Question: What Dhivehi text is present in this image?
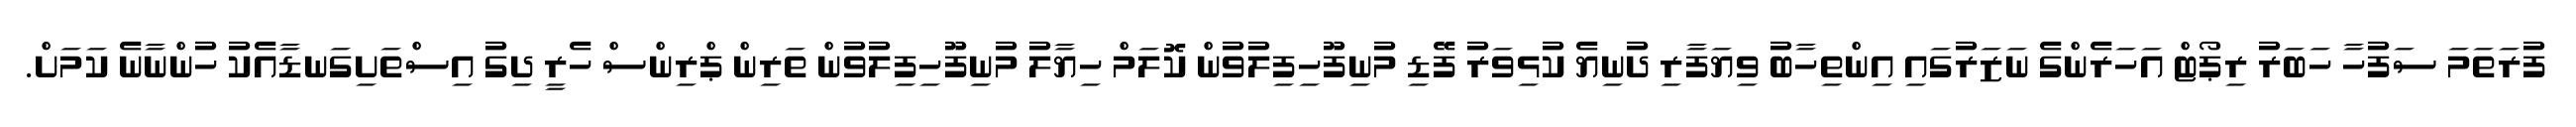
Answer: ފުރަތަމަ ސަފުހާ ހަބަރު ރިޕޯޓް އަހަރެންގެ ނަޒަރުގައި އިންތިހާބު ވިޔަފާރި ދުނިޔެ ކުޅިވަރު ފޭޑި މުނިފޫހިފިލުވުން ކޮލަމް ހިޔާލު މުނިފޫހިފިލުވުން ތަރިން ޕްރިންސް ހެރީ ދިގު އިސްތަށިގަނޑާއެކު ހުންނާނެ ކަމަށް.